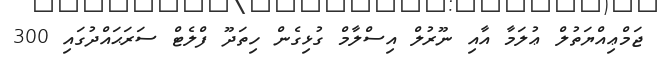
ޖަމްޢިއްޔަތުލް ޢުލަމާ އާއި ނޫރުލް އިސްލާމް ގުޅިގެން ހިތަދޫ ފްލެޓް ސަރަޙައްދުގައި 300